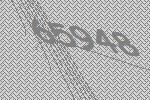
65948